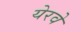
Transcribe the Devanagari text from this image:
येरवे